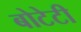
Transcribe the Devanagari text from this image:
बोटेटी